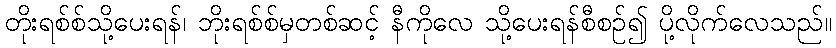
တိုးရစ်စ်သို့ပေးရန်၊ ဘိုးရစ်စ်မှတစ်ဆင့် နီကိုလေ သို့ပေးရန်စီစဉ်၍ ပို့လိုက်လေသည်။